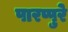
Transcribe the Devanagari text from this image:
पारप्पुरे